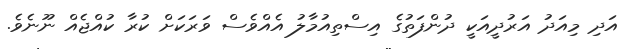
އަދި މިއަދު އަރުދީއަކީ ދުންފަތުގެ އިސްތިއުމާލު އެއްވެސް ވަރަކަށް ކުރާ ކުއްޖެއް ނޫނެވެ.